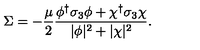
\Sigma = - { \frac { \mu } { 2 } } { \frac { \phi ^ { \dagger } \sigma _ { 3 } \phi + \chi ^ { \dagger } \sigma _ { 3 } \chi } { | \phi | ^ { 2 } + | \chi | ^ { 2 } } } .